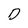
Character: D